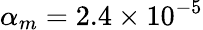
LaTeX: \alpha_{m}=2.4\times 10^{-5}